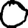
Digit: 0